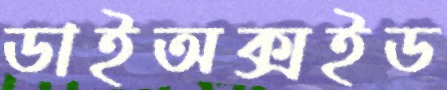
ডাইঅক্সইড